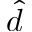
\hat { d }